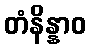
တံနိန္နာဝ